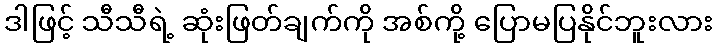
ဒါဖြင့် သီသီရဲ့ ဆုံးဖြတ်ချက်ကို အစ်ကို့ ပြောမပြနိုင်ဘူးလား